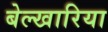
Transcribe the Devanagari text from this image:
बेल्खारिया